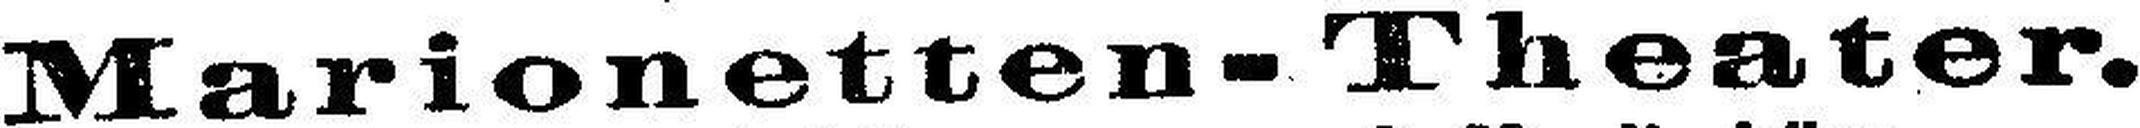
Marionetten-Theater.